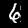
Label: 6